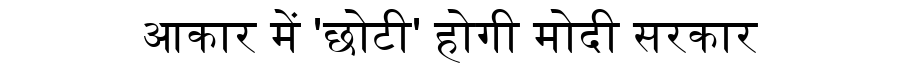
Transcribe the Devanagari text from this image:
आकार में 'छोटी' होगी मोदी सरकार